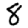
Digit: 8